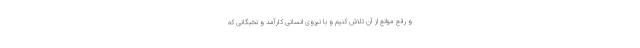
و رفع موانع از آن تلاش کنیم و با نیروی انسانی کارآمد و نخبگانی که